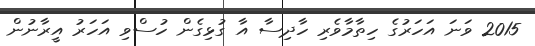
2015 ވަނަ އަހަރުގެ ހިތާމާވެރި ހާދިސާ އާ ގުޅިގެން ހުސްވި އަހަރު އީރާނުން